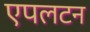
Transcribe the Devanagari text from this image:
एपलटन